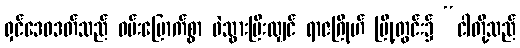
ရှင်ဒေဝဒတ်သည် ဝမ်းမြောက်စွာ ဖဲသွားပြီးလျှင် ရာဇဂြိုဟ် မြို့တွင်း၌ “ငါတို့သည်